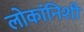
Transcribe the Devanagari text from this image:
लोकांनिशी